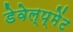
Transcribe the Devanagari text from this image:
डेवेल्प्मेंट